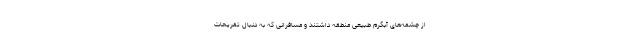
از چشمه‌های آبگرم طبیعی منطقه داشتند و مسافرانی که به دنبال تفریحاتِ